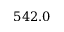
5 4 2 . 0